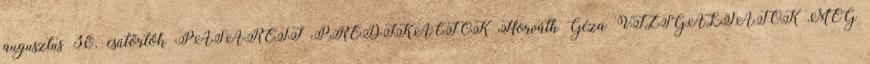
augusztus 30. csütörtök PASARÉTI PRÉDIKÁCIÓK Horváth Géza VIZSGÁLJÁTOK MEG